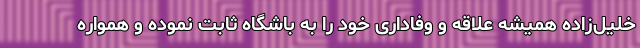
خلیل‌زاده همیشه علاقه و وفاداری خود را به باشگاه ثابت نموده و همواره